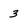
Character: 3